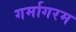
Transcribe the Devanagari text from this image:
गर्मागरम